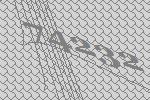
74232